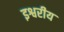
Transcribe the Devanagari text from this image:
इश्वरीय